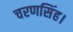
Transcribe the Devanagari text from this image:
चरणसिंह।